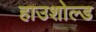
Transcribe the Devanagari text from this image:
हाउशोल्ड